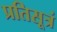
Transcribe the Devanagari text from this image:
प्रतिसूत्रं